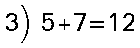
3) 5+7=12